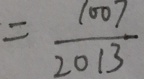
= \frac { 1 0 0 7 } { 2 0 1 3 }